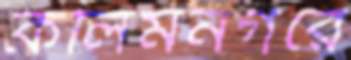
কলিমনগরে